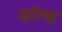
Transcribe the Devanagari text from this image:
व्हॉल्व्ह